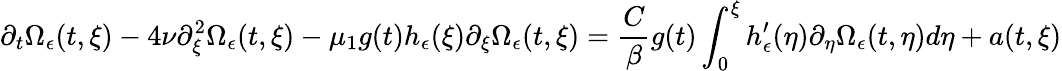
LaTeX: \partial_{t}\Omega_{\epsilon}(t,\xi)-4\nu\partial_{\xi}^{2}\Omega_{\epsilon}(t,\xi)-\mu_{1}g(t)h_{\epsilon}(\xi)\partial_{\xi}\Omega_{\epsilon}(t,\xi)=\frac{C}{\beta}g(t)\int_{0}^{\xi}h_{\epsilon}^{\prime}(\eta)\partial_{\eta}\Omega_{\epsilon}(t,\eta)d\eta+a(t,\xi)